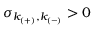
\sigma _ { k _ { ( + ) } , k _ { ( - ) } } > 0